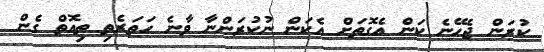
ކުރަން ޖެހޭނެ ކަން އެގޮތަށް އެކަން ނުކުރަންނާ ވާނެ ހަތަރެތި ތިއޮތް ގެން